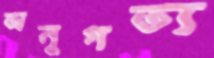
অনুগত্য